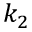
k _ { 2 }